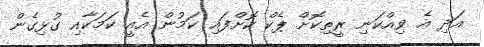
އަދި އެ ވިއްކަނި ރީތިކޮށް ޕެކް ކޮށްފައި ކަމުން އެއީ ކަމަކާއި ގުޅިގެން